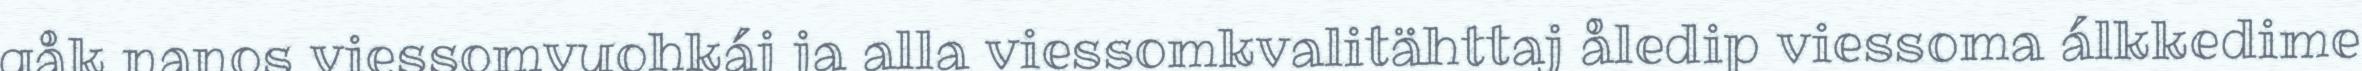
gåk nanos viessomvuohkáj ja alla viessomkvalitähttaj åledip viessoma álkkedime